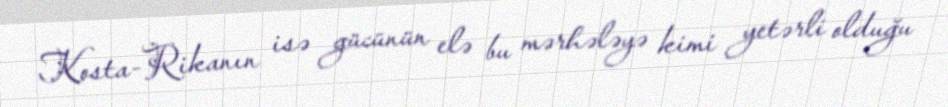
Kosta-Rikanın isə gücünün elə bu mərhələyə kimi yetərli olduğu